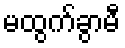
မထွက်ခွာမီ